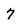
Character: 7